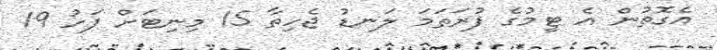
އެގޮތުން އެ ޓީމުގެ ފުރަތަމަ ލަނޑު ޖެހިތާ 15 މިނިޓަށް ފަހު 19